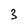
Character: 3